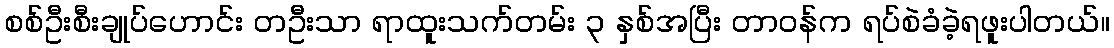
စစ်ဦးစီးချုပ်ဟောင်း တဦးသာ ရာထူးသက်တမ်း ၃ နှစ်အပြီး တာဝန်က ရပ်စဲခံခဲ့ရဖူးပါတယ်။